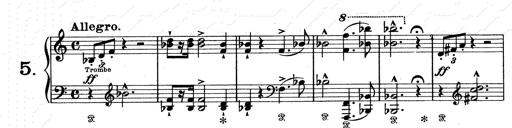
Title: Aus Lohengrin
Composer: Franz Liszt